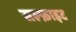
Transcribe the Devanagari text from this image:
सल्फ़ाइट